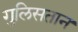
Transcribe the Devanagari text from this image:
गुलिसतान